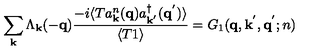
\sum _ { { \bf { k } } } \Lambda _ { { \bf { k } } } ( - { \bf { q } } ) \frac { - i \langle T a _ { { \bf { k } } } ^ { n } ( { \bf { q } } ) a _ { { \bf { k } } ^ { ' } } ^ { \dagger } ( { \bf { q } } ^ { ' } ) \rangle } { \langle T 1 \rangle } = G _ { 1 } ( { \bf { q } } , { \bf { k } } ^ { ' } , { \bf { q } } ^ { ' } ; n )